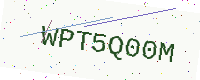
Text: WPT5Q00M